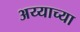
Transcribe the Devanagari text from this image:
अय्याच्या